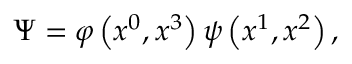
\Psi = \varphi \left( x ^ { 0 } , x ^ { 3 } \right) \psi \left( x ^ { 1 } , x ^ { 2 } \right) ,